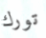
تورك